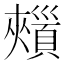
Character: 𩔯